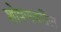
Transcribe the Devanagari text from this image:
शोषणवरील